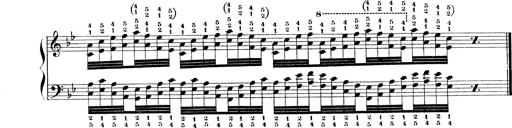
Title: Technische Studien
Composer: Franz Liszt